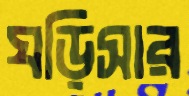
ঘড়িসার